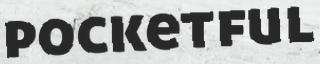
pocketful